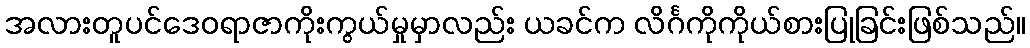
အလားတူပင်ဒေဝရာဇာကိုးကွယ်မှုမှာလည်း ယခင်က လိင်္ဂကိုကိုယ်စားပြုခြင်းဖြစ်သည်။